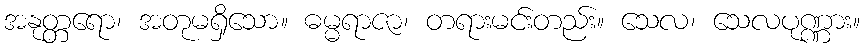
အနုတ္တရော၊ အတုမရှိသော။ ဓမ္မရာဇာ၊ တရားမင်းတည်း။ သေလ၊ သေလပုဏ္ဏား။